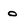
Character: o